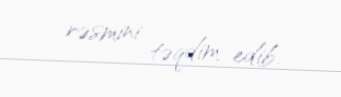
rəsmini təqdim edib.